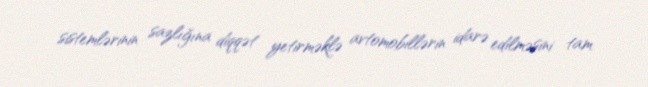
sistemlərinin sazlığına diqqət yetirməklə avtomobillərin idarə edilməsini tam